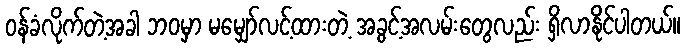
ဝန်ခံလိုက်တဲ့အခါ ဘဝမှာ မမျှော်လင့်ထားတဲ့ အခွင့်အလမ်းတွေလည်း ရှိလာနိုင်ပါတယ်။